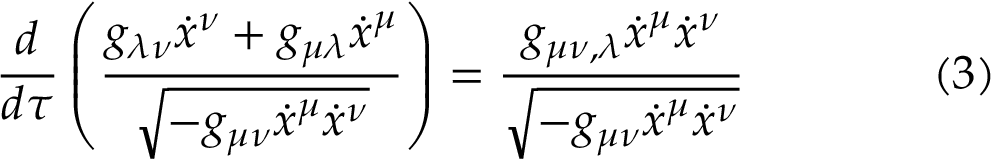
{ \frac { d } { d \tau } } \left( { \frac { g _ { \lambda \nu } { \dot { x } } ^ { \nu } + g _ { \mu \lambda } { \dot { x } } ^ { \mu } } { \sqrt { - g _ { \mu \nu } { \dot { x } } ^ { \mu } { \dot { x } } ^ { \nu } } } } \right) = { \frac { g _ { \mu \nu , \lambda } { \dot { x } } ^ { \mu } { \dot { x } } ^ { \nu } } { \sqrt { - g _ { \mu \nu } { \dot { x } } ^ { \mu } { \dot { x } } ^ { \nu } } } } \qquad \qquad ( 3 )